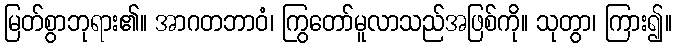
မြတ်စွာဘုရား၏။ အာဂတဘာဝံ၊ ကြွတော်မူလာသည်အဖြစ်ကို။ သုတွာ၊ ကြား၍။